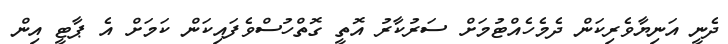
ދެނީ އަނިޔާވެރިކަން ދެމެހެއްޓުމަށް ސަރުކާރު އޮތީ ގޮތްހުސްވެފައިކަން ކަމަށް އެ ޕާޓީ އިން